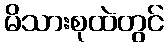
မိသားစုထဲတွင်